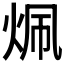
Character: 𬊄